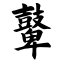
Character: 鼙